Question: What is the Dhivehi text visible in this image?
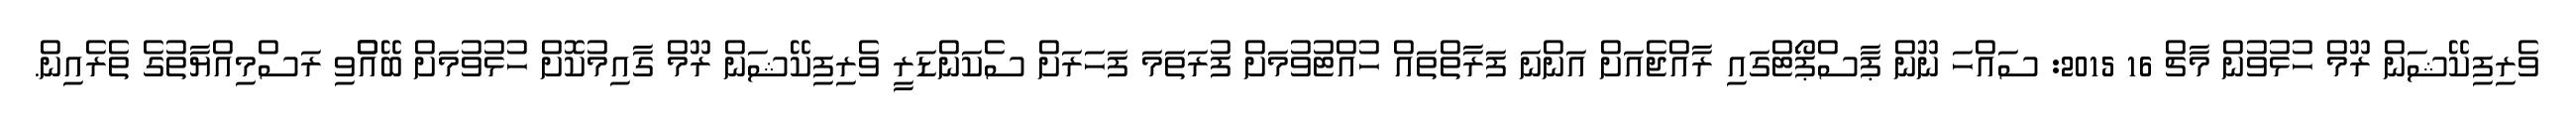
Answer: ވެރިފިކޭޝަން ރޫމް ހުޅުވުން މާޗް 16 2015: ސައްހަ ނޫން ޕާސްޕޯޓްގައި ރާއްޖެއަށް އަންނަ ފަރާތްތައް ހުއްޓުވުމަށް ފުރަތަމަ ފަހަރަށް ސެކަންޑަރީ ވެރިފިކޭޝަން ރޫމް ގާއިމުކޮށް ހުޅުވުމަށް ބޭއްްވި ރަސްމިއްޔާތުގެ ތެރެއިން.